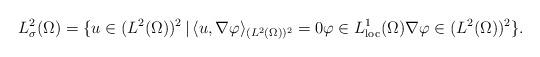
LaTeX: \begin{align*}L^{2}_{\sigma}(\Omega) = \{u \in (L^{2}(\Omega))^{2} \,|\,\langle u, \nabla \varphi\rangle_{(L^{2}(\Omega))^{2}} = 0 \varphi \in L^{1}_{\mathrm{loc}}(\Omega) \nabla \varphi \in (L^{2}(\Omega))^{2}\}. \end{align*}